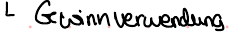
Gewinnverwendung